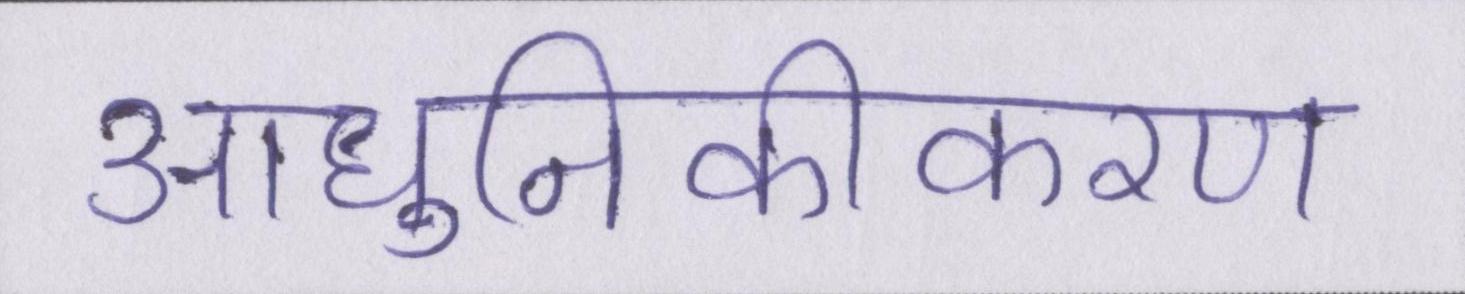
आधुनिकीकरण